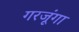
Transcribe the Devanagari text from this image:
गरजूंगा